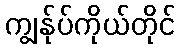
ကျွန်ုပ်ကိုယ်တိုင်